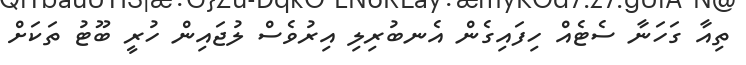
ތިއާ ގަހަނާ ސެޓެއް ހިފައިގެން އެނބުރިލި އިރުވެސް ލުޖައިން ހުރީ ބޫޓު ތަކަށް